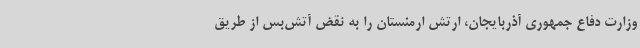
وزارت دفاع جمهوری آذربایجان، ارتش ارمنستان را به نقض آتش‌بس از طریق